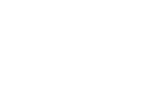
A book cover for Social Psychology of the Epileptic Child (International Library of Society); Christopher Bagley; Health, Fitness & Dieting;